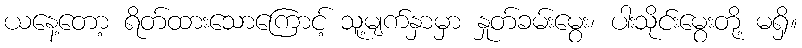
ယနေ့တော့ ရိတ်ထားသောကြောင့် သူ့မျက်နှာမှာ နှုတ်ခမ်းမွေး၊ ပါးသိုင်းမွေးတို့ မရှိ။